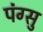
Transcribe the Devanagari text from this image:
पंग्सु